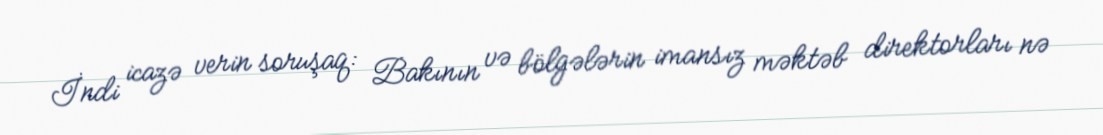
İndi icazə verin soruşaq: Bakının və bölgələrin imansız məktəb direktorları nə